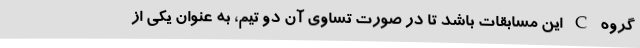
گروه C این مسابقات باشد تا در صورت تساوی آن دو تیم، به عنوان یکی از